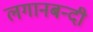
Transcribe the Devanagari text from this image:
लगानबन्दी